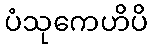
ပံသုကေဟိပိ